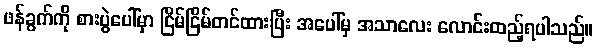
ဖန်ခွက်ကို စားပွဲပေါ်မှာ ငြိမ်ငြိမ်တင်ထားပြီး အပေါ်မှ အသာလေး လောင်းထည့်ရပါသည်။